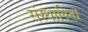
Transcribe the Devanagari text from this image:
संस्थापिता